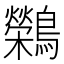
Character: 𬷷